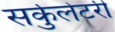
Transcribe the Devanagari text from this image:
सर्कुलेटरी